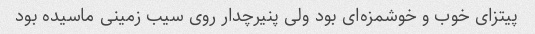
پیتزای خوب و خوشمزه‌ای بود ولی پنیرچدار روی سیب زمینی ماسیده بود